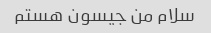
سلام من جیسون هستم